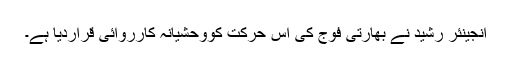
انجینئر رشید نے بھارتی فوج کی اس حرکت کووحشیانہ کارروائی قراردیا ہے۔